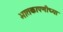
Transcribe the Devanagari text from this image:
भातकापणीच्या